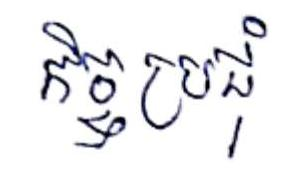
កិច្ចប្រជុំ